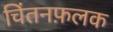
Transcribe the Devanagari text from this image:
चिंतनफ़लक